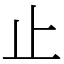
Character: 止